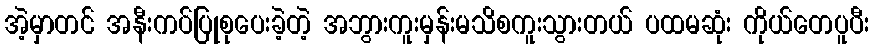
အဲ့မှာတင် အနီးကပ်ပြုစုပေးခဲ့တဲ့ အဘွားကူးမှန်းမသိစကူးသွားတယ် ပထမဆုံး ကိုယ်တေပူပီး